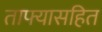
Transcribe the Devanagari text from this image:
ताफ्यासहित